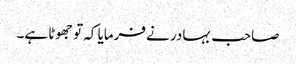
صاحب بہادر نے فرمایا کہ تو جھوٹا ہے۔